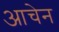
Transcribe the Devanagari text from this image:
आचेन